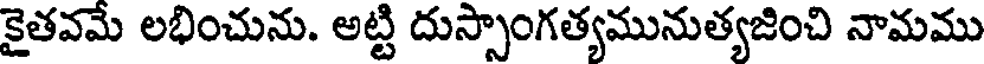
కైతవమే లభించును. అట్టి దుస్సాంగత్యమునుత్యజించి నామము